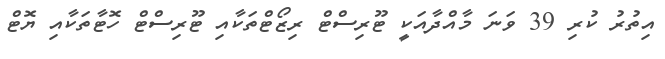
އިތުރު ކުރި 39 ވަނަ މާއްދާއަކީ ޓޫރިސްޓް ރިޒޯޓްތަކާއި ޓޫރިސްޓް ހޮޓާތަކާއި ޔޮޓް